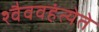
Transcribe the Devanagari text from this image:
श्वैववहंत्येते